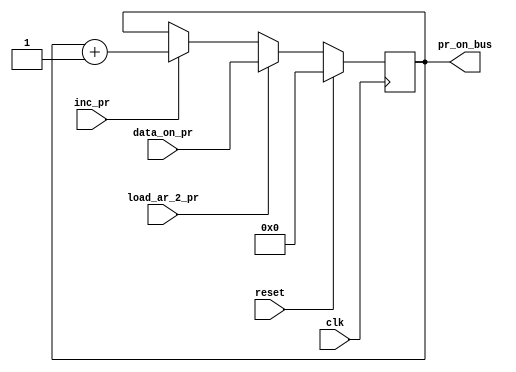
`timescale 1ns / 1ps
//////////////////////////////////////////////////////////////////////////////////
// Company: 
// Engineer: 
// 
// Design Name: 
// Module Name:    program_cnt_reg 
// Project Name: 
// Target Devices: 
// Tool versions: 
// Description: 
//
// Dependencies: 
//
// Revision: 
// Revision 0.01 - File Created
// Additional Comments: 
//
//////////////////////////////////////////////////////////////////////////////////
module program_cnt_reg(clk,reset,inc_pr,pr_on_bus,load_ar_2_pr,data_on_pr);
input clk;
input reset;
input inc_pr;
input load_ar_2_pr;
input [7:0] data_on_pr;
output [7:0] pr_on_bus;
reg [7:0] pr_on_bus;

always @(posedge clk)
begin : PR_Block
	if (reset)
		pr_on_bus <= 8'd0;
	else 
	begin
		if(load_ar_2_pr)
			pr_on_bus <= data_on_pr;
		else if( inc_pr)
			pr_on_bus <= pr_on_bus+1;
	end
end

endmodule